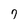
Character: 7